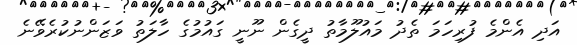
އަދި އެންމެ ފުރިހަމަ ތެދު މައުލޫމާތު ދީގެން ނޫނީ ގައުމުގެ ހާލަތު ވަޒަންނުކުރެވޭނެ